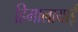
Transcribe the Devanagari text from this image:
हिमालायाई